Leaving Certificate, 1898
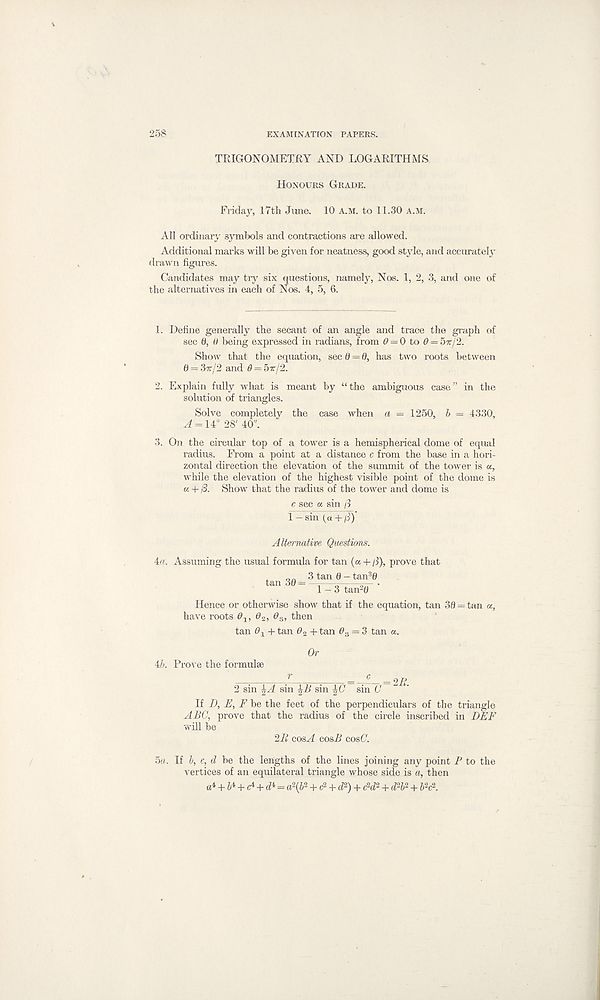
258
EXAMINATION PAPERS.
TRIGONOMETRY AND LOGARITHMS
Honours Grade.
Friday, 17th June. 10 a.m. to 11.30 a.m.
All ordinary symbols and contractions are allowed.
Additional marks will be given for neatness, good style, and accurately
drawn figures.
Candidates may try six questions, namely, Nos. 1, 2, 3, and one of
the alternatives in each of Nos. 4, 5, 6.
1. Define generally the secant of an angle and trace the graph of
sec t), ti being expressed in radians, from 6 = 0 to 6 = 5tc/2.
Show that the equation, sec d = 0, has two roots between
0 — 3k/2 and 6 = bx/2.
2. Explain fully what is meant by “the ambiguous case” in the
solution of triangles.
Solve completely the case when a = 1250, b = 4330,
^ = 14° 28' 40".
3. On the circular top of a tower is a hemispherical dome of equal
radius. From a point at a distance c from the base in a hori-
zontal direction the elevation of the summit of the tower is a,
while the elevation of the highest visible point of the dome is
a + /3. Show that the radius of the tower and dome is
c sec a sin ft
1 - sin (a+ft)‘
Alternative Questions.
4«. Assuming the usual formula for tan (ot + ft), prove that
, 0 . 3tan0-tan 3 0
tan 30 -= —s , =■ •
1-3 tan 2 0
Hence or otherwise show that if the equation, tan 30 = tan a,
have roots 6 1 , 6%, d :i , then
tan + tan 0 2 + tan 0 3 = 3 tan a.
Or
4b. Prove the formulae
; r ' /
= 2/,>
2 sin sin J2> sin |6 Y sin C
If D, E, F be the feet of the perpendiculars of the triangle
ABC, prove that the radius of the circle inscribed in DEF
will be
2B cosA cos/1 cost'.
5a. If b, c, d be the lengths of the lines joining any point P to the
vertices of an equilateral triangle whose side is a, then
a 4 + 6 4 + c4 + # = a 2(J2 + C 2 + rf2) + c < 2 d 2 + rf 2 & 2 + J2 C 2.